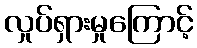
လှုပ်ရှားမှုကြောင့်